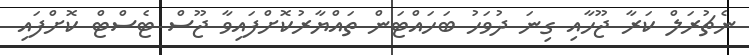
ނެޗުރަލް ކަރާ ޖޫހާއި ގިނަ ދުވަހު ބަހައްޓަން ތައްޔާރުކޮށްފައިވާ ޖޫސް ޓެސްޓް ކޮށްފައި